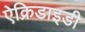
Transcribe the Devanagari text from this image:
ऐक्रिडाइडी